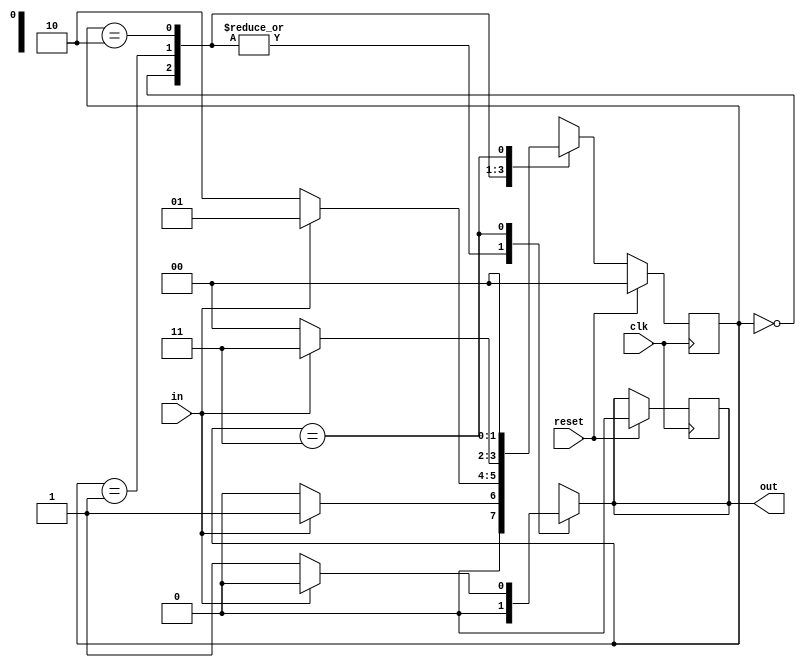
`timescale 1ns / 1ps
//////////////////////////////////////////////////////////////////////////////////
// Company: 
// Engineer: 
// 
// Design Name: 
// Module Name: mealy1010
// Project Name: 
// Target Devices: 
// Tool Versions: 
// Description: 
// 
// Dependencies: 
// 
// Revision:
// Revision 0.01 - File Created
// Additional Comments:
// 
//////////////////////////////////////////////////////////////////////////////////


module mealy1010(
input clk,reset,in,
output reg out
    );
    reg [1:0] pr_st,nxt_st;
    parameter idle=2'b00;
    parameter s0=2'b01;
    parameter s1=2'b10;
    parameter s2=2'b11;
    
    always@(posedge clk)
    begin
    if(reset)
    begin
    pr_st<=idle;
    out<=0;
    end
    else
    pr_st<=nxt_st;
    end
    always@(in,pr_st)
    begin
    case(pr_st)
    idle: 
        begin
        if(in==1)
        begin
        nxt_st=s0;
        out=0;
        end
        else
        begin
        nxt_st=idle;
        out=0;
        end
        end
   s0: 
       begin
       if(in==1)
       begin
       nxt_st=s0;
       out=0;
       end
       else
       begin
       nxt_st=s1;
       out=0;
       end
       end
    s1: 
              begin
              if(in==1)
              begin
              nxt_st=s2;   
              out=0;
              end
              else
              begin
              nxt_st=idle;
              out=0;
              end
              end 
   s2: 
        begin
        if(in==1)
        begin
        nxt_st=idle;   
        out=0;
        end
        else
        begin
        nxt_st=idle;
        out=1;
        end
        end  
    default:
            begin
            nxt_st=idle;
            out=0;
            end
          
    endcase
    end
endmodule